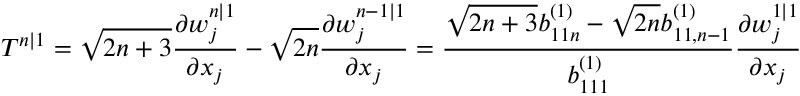
T ^ { n | 1 } = \sqrt { 2 n + 3 } \frac { \partial w _ { j } ^ { n | 1 } } { \partial x _ { j } } - \sqrt { 2 n } \frac { \partial w _ { j } ^ { n - 1 | 1 } } { \partial x _ { j } } = \frac { \sqrt { 2 n + 3 } b _ { 1 1 n } ^ { ( 1 ) } - \sqrt { 2 n } b _ { 1 1 , n - 1 } ^ { ( 1 ) } } { b _ { 1 1 1 } ^ { ( 1 ) } } \frac { \partial w _ { j } ^ { 1 | 1 } } { \partial x _ { j } }